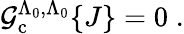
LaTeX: {\cal{G}}_{\mathrm{c}}^{\Lambda_{0},\Lambda_{0}}\{ J\} =0\; .